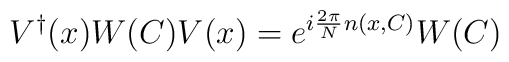
V^\dagger(x)W(C)V(x)=e^{i{2\pi\over N} n(x,C)}W(C)